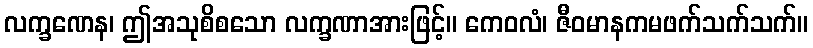
လက္ခဏေန၊ ဤအသုစိစသော လက္ခဏာအားဖြင့်။ ကေဝလံ၊ ဇီဝမာနကမဖက်သက်သက်။